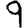
Digit: 9